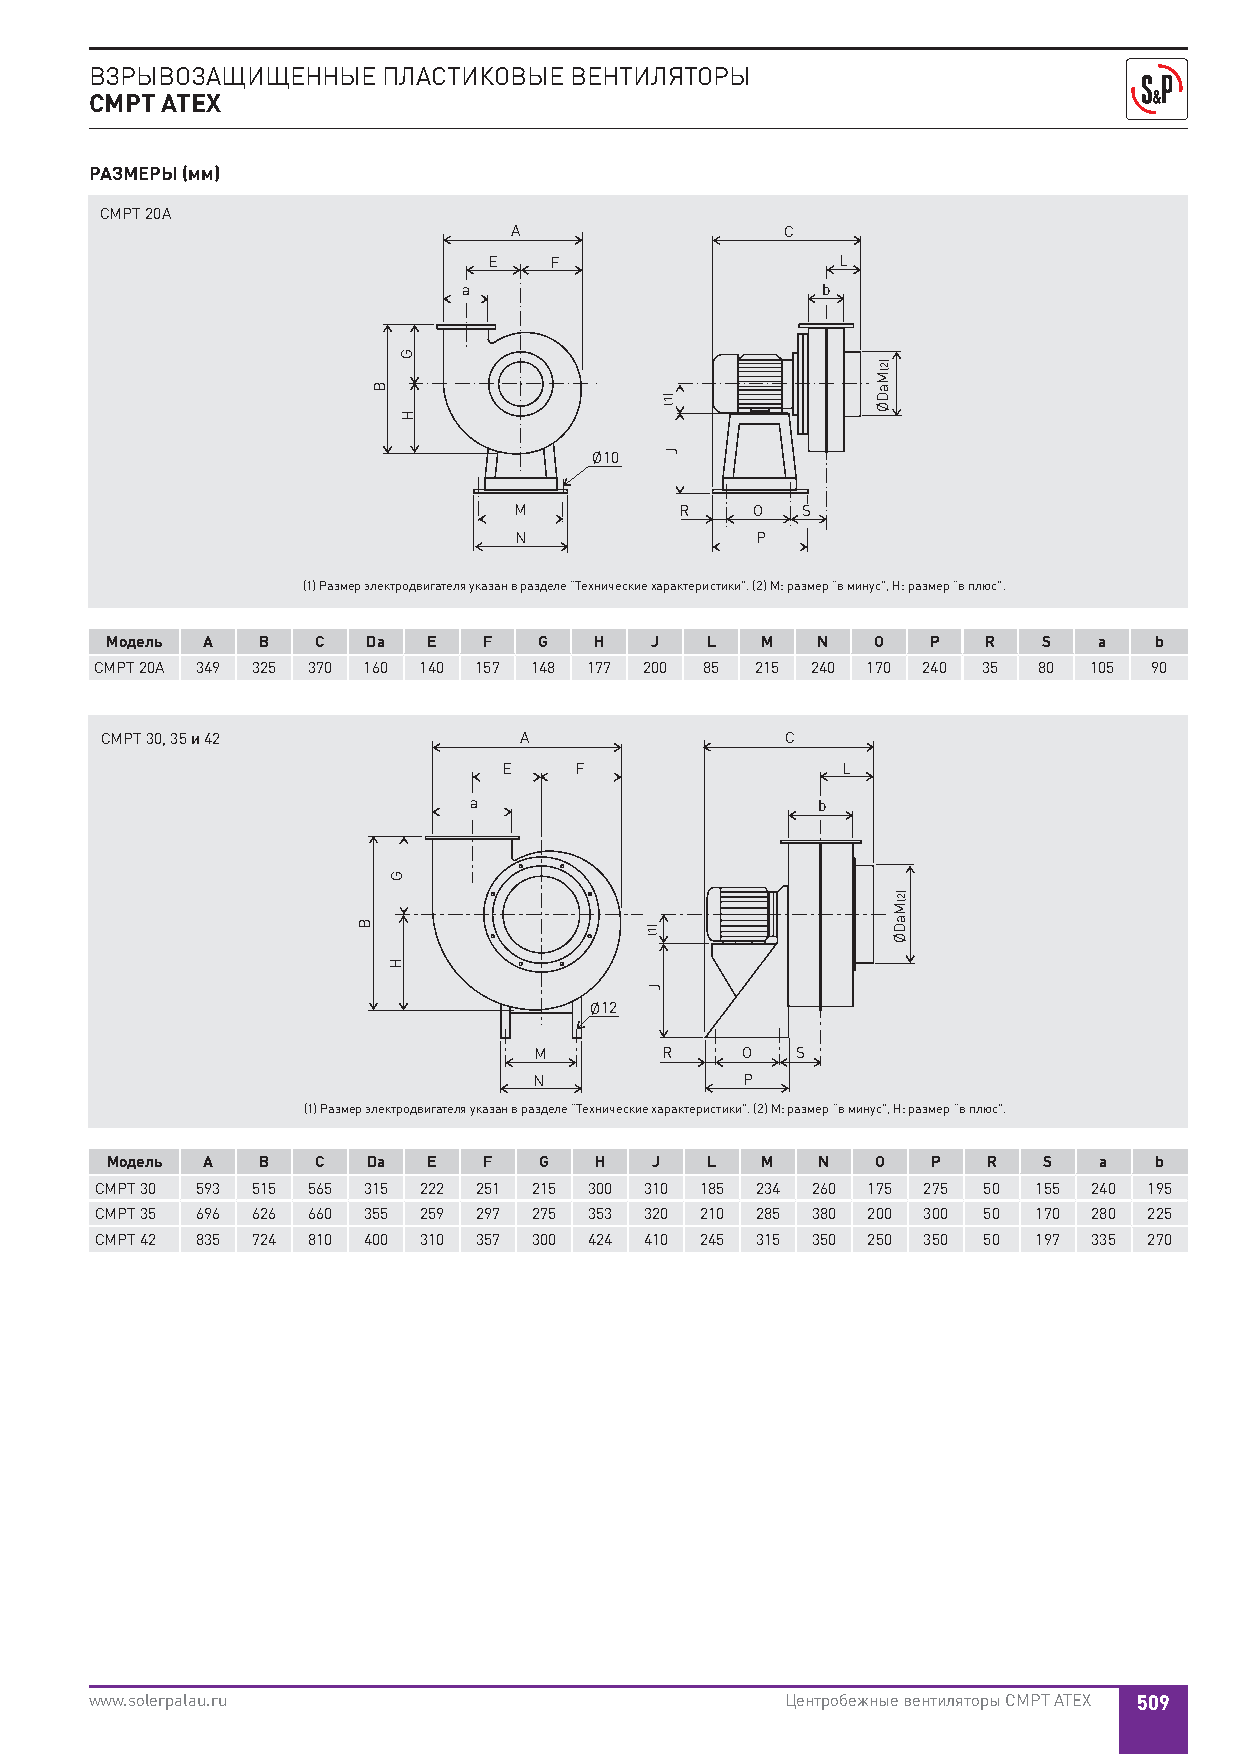
ВЗРЫВОЗАЩИЩЕННЫЕ   ПЛАСТИКОВЫЕ  ВЕНТИЛЯТОРЫ
 CMPT ATEX
 РАЗМЕРЫ (мм)
 CMPT 20A
 A                 C
 E   F                   L
 a                      b
 Ø10
 M          R    O  S
 N               P
 (1) Размер электродвигателя указан в разделе “Технические характеристики”. (2) M: размер “в минус”, H: размер “в плюс”.
 Модель A  B   C  Da  E   F   G  H   J   L  M   N   O   P  R   S   a  b
 CMPT 20A 349 325 370 160 140 157 148 177 200 85 215 240 170 240 35 80 105 90
 CMPT 30, 35 и 42           A                 C
 E    F                 L
 a                      b
 Ø12
 M        R    O   S
 N             P
 (1) Размер электродвигателя указан в разделе “Технические характеристики”. (2) M: размер “в минус”, H: размер “в плюс”.
 Модель A  B   C  Da  E   F   G  H   J   L  M   N   O   P  R   S   a  b
 CMPT 30 593 515 565 315 222 251 215 300 310 185 234 260 175 275 50 155 240 195
 CMPT 35 696 626 660 355 259 297 275 353 320 210 285 380 200 300 50 170 280 225
 CMPT 42 835 724 810 400 310 357 300 424 410 245 315 350 250 350 50 197 335 270
 www.solerpalau.ru                             Центробежные вентиляторы CMPT ATEX 509
 B
 B
 G
 H
 G
 H
 )1(
 J
 )1(
 J
 )2(MaDØ
 )2(MaDØ